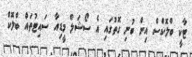
ޓާކީ ބްލޮކްސް އިން ބުނި ގޮތުގައި އެ ސޯޝަލް މީޑިއާ ސައިޓުތައް ބްލޮކް